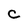
Character: c